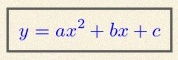
y=ax^2+bx+c